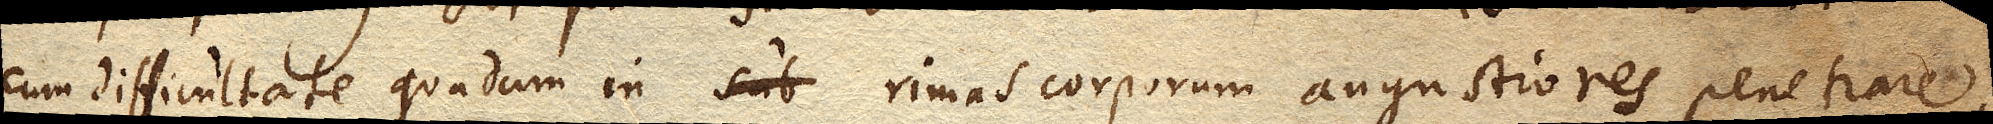
cum difficultate quadam in rimas corporum angustiores penetrare;